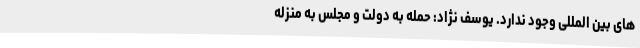
های بین المللی وجود ندارد. یوسف نژاد: حمله به دولت و مجلس به منزله